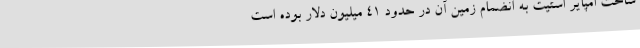
ساخت امپایر استیت به انضمام زمین آن در حدود ۴۱ میلیون دلار بوده است